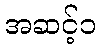
အဆင့်၁